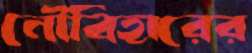
নৌবিহারের